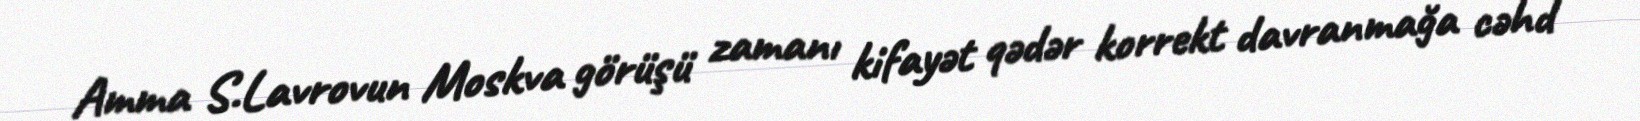
Amma S.Lavrovun Moskva görüşü zamanı kifayət qədər korrekt davranmağa cəhd